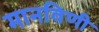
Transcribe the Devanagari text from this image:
मानविणी